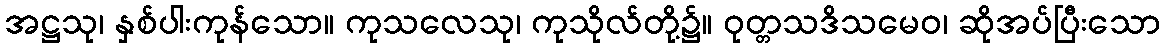
အဋ္ဌသု၊ နှစ်ပါးကုန်သော။ ကုသလေသု၊ ကုသိုလ်တို့၌။ ဝုတ္တသဒိသမေဝ၊ ဆိုအပ်ပြီးသော